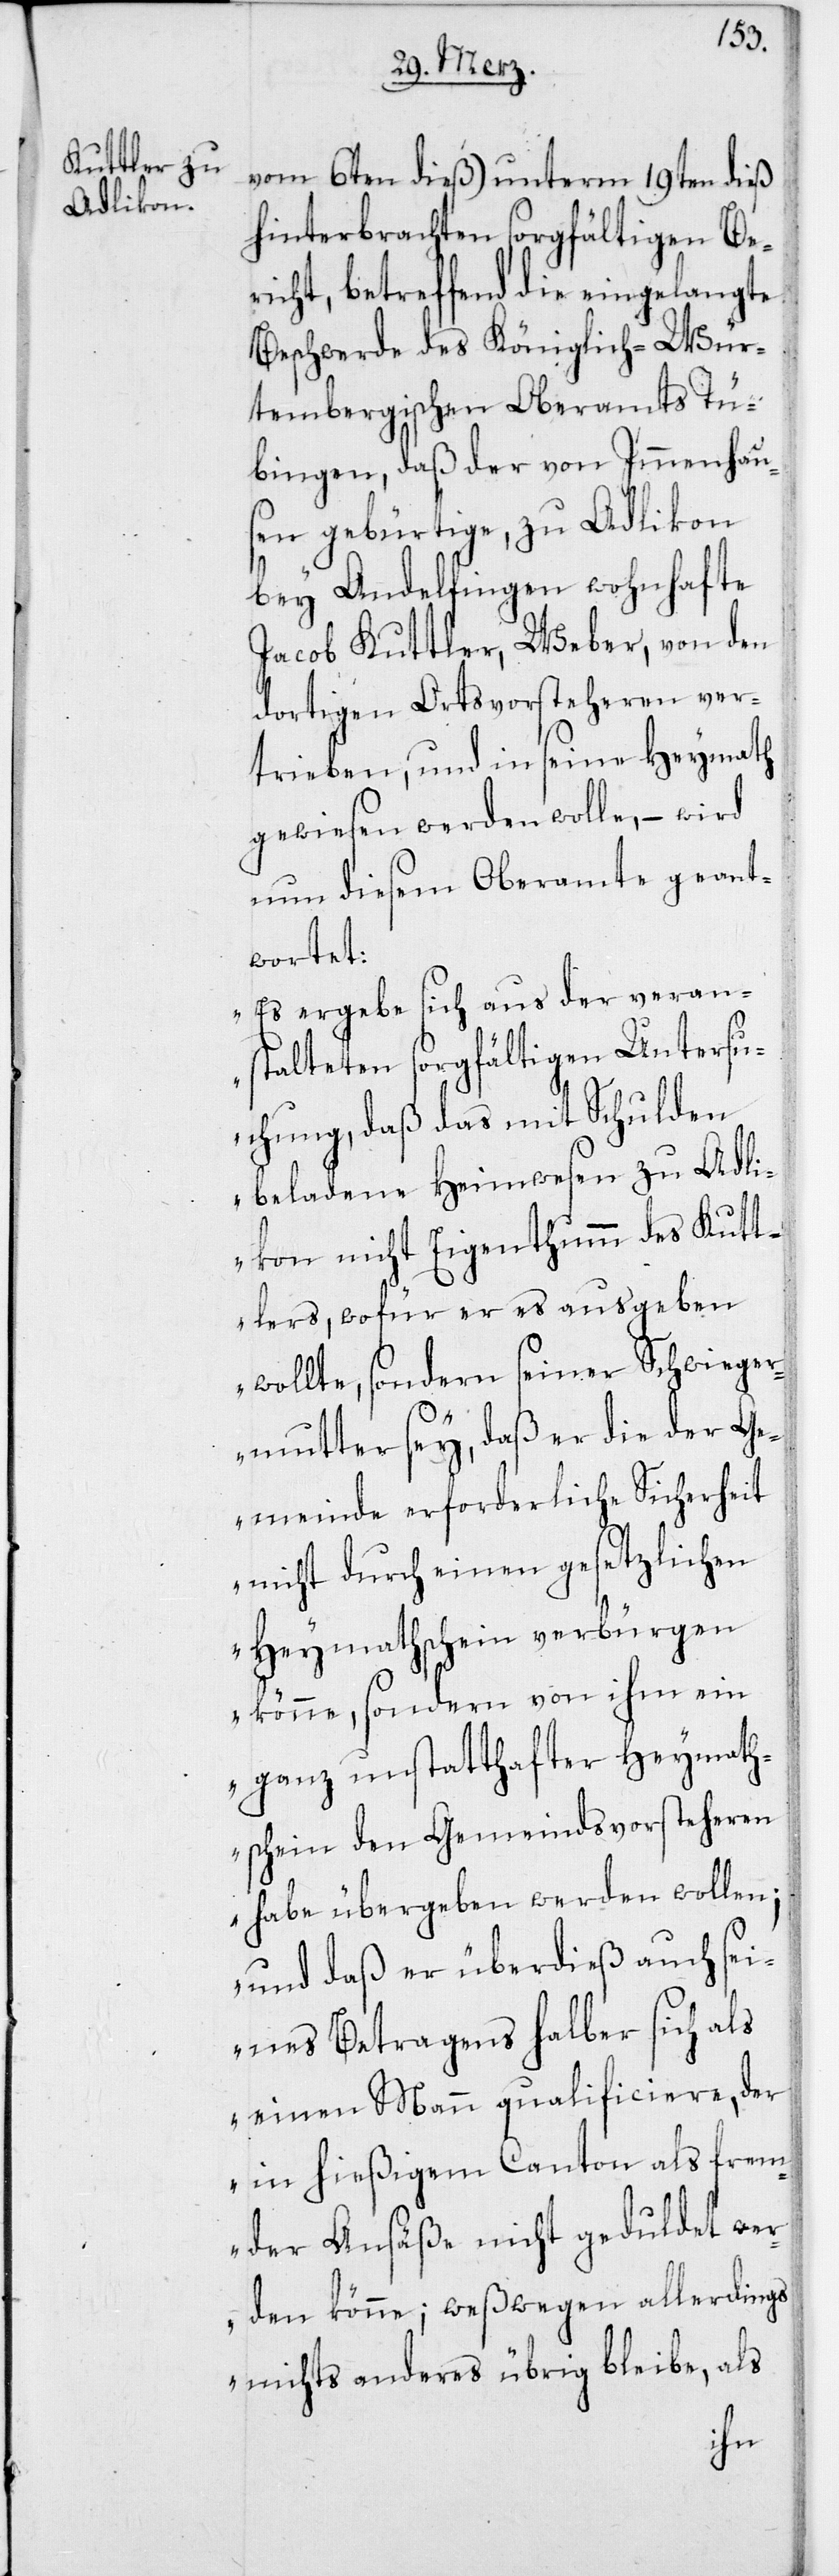
vom 6ten dieß) unterm 19ten dieß
hinterbrachten sorgfältigen Be¬
richt, betreffend die eingelangte
Beschwerde des Königlich-Wür¬
tembergischen Oberamts Tü¬
bingen, daß der von Immenhau¬
sen gebürtige, zu Adlikon
bey Andelfingen wohnhafte
Jacob Kuttler, Weber, von den
dortigen Ortsvorsteheren ver¬
trieben, und in seine Heymath
gewiesen werden wolle, – wird
nun diesem Oberamte geant¬
wortet:
„Es ergebe sich aus der verans¬
talteten sorgfältigen Untersu¬
chung, daß das mit Schulden
beladene Heimwesen zu Adli¬
kon nicht Eigenthumm des Kutt¬
lers, wofür er es ausgeben
wollte, sondern seiner Schwiege¬
rmutter sey, daß er die der Ge¬
meinde erforderliche Sicherheit
nicht durch einen gesetzlichen
Heymathschein verbürgen
könne, sondern von ihm ein
ganz unstatthafter Heymath¬
schein den Gemeindsvorsteheren
habe übergeben werden wollen;
und daß er überdieß auch sei¬
nes Betragens halber sich als
einen Mann qualificiere, der
in hießigem Canton als frem¬
der Ansäße nicht geduldet wer¬
den könne; weßwegen allerdings
nichts anderes übrig bleibe, als